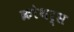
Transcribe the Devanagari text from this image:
क्रोथर्स